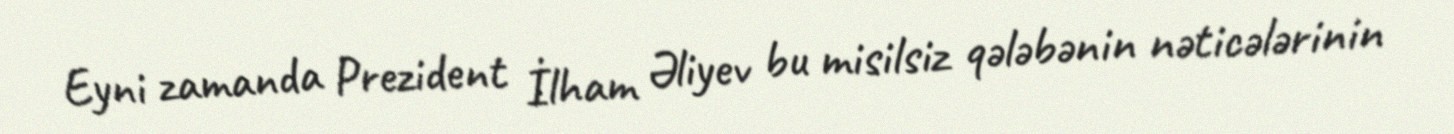
Eyni zamanda Prezident İlham Əliyev bu misilsiz qələbənin nəticələrinin